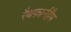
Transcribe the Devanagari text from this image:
रैथफ़ार्नहैम